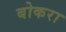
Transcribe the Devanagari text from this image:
बोकरा